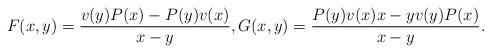
LaTeX: \begin{align*} F(x,y) = \frac{v(y)P(x)-P(y)v(x)}{x-y}, G(x,y) = \frac{P(y)v(x)x-yv(y)P(x)}{x-y} .\end{align*}